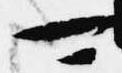
マ